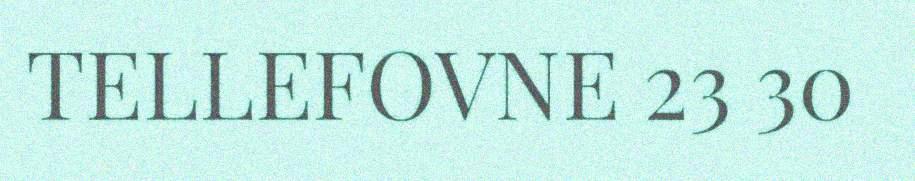
TELLEFOVNE 23 30